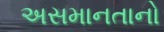
અસમાનતાનો